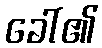
ခေါ်၏